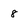
Character: 8